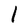
Character: l